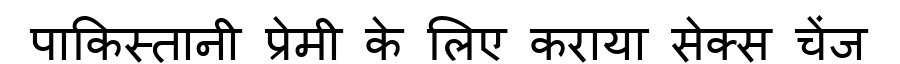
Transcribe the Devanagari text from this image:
पाकिस्तानी प्रेमी के लिए कराया सेक्स चेंज